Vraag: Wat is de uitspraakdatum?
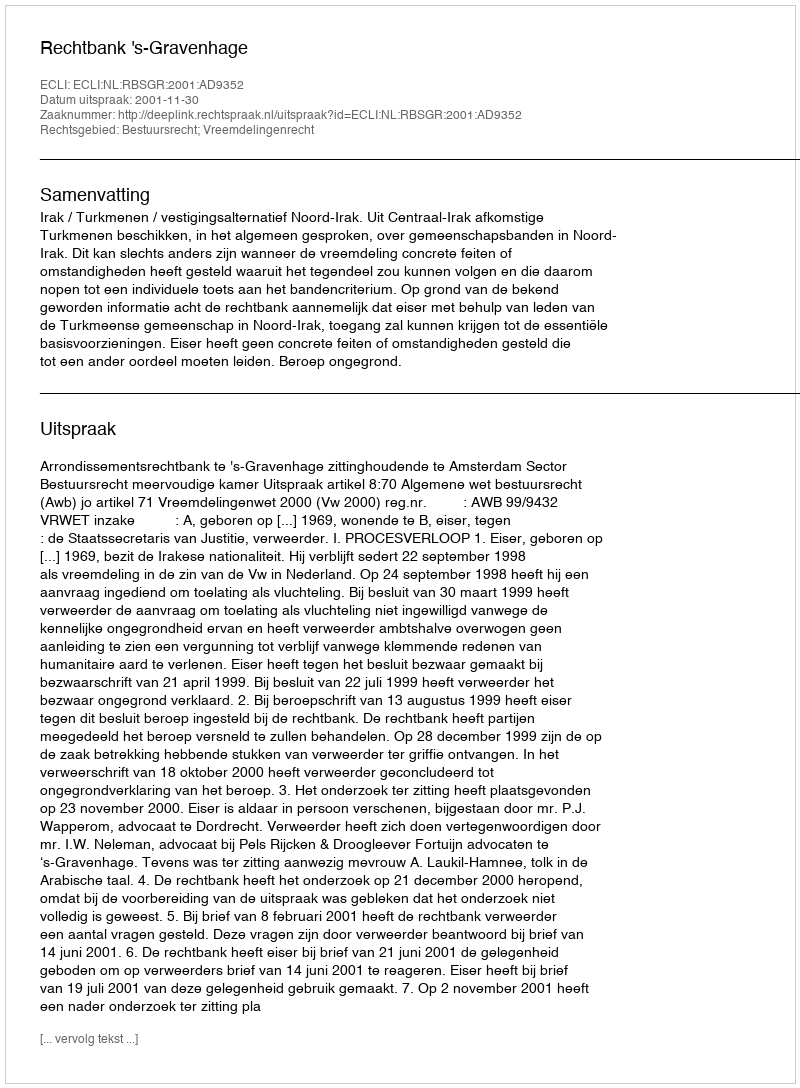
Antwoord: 2001-11-30